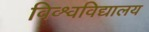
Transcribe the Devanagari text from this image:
विव्श्वविद्यालय